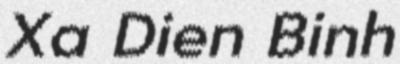
Xa Dien Binh